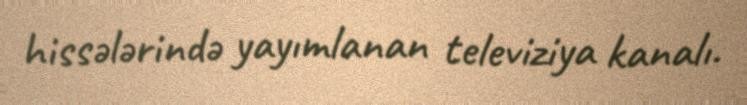
hissələrində yayımlanan televiziya kanalı.